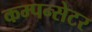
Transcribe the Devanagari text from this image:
कम्पन्सेटर